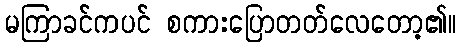
မကြာခင်ကပင် စကားပြောတတ်လေတော့၏။